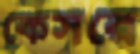
কেসরে